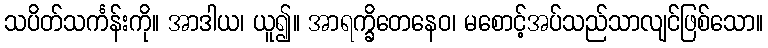
သပိတ်သင်္ကန်းကို။ အာဒါယ၊ ယူ၍။ အာရက္ခိတေနေဝ၊ မစောင့်အပ်သည်သာလျင်ဖြစ်သော။